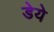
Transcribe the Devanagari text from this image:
डेये